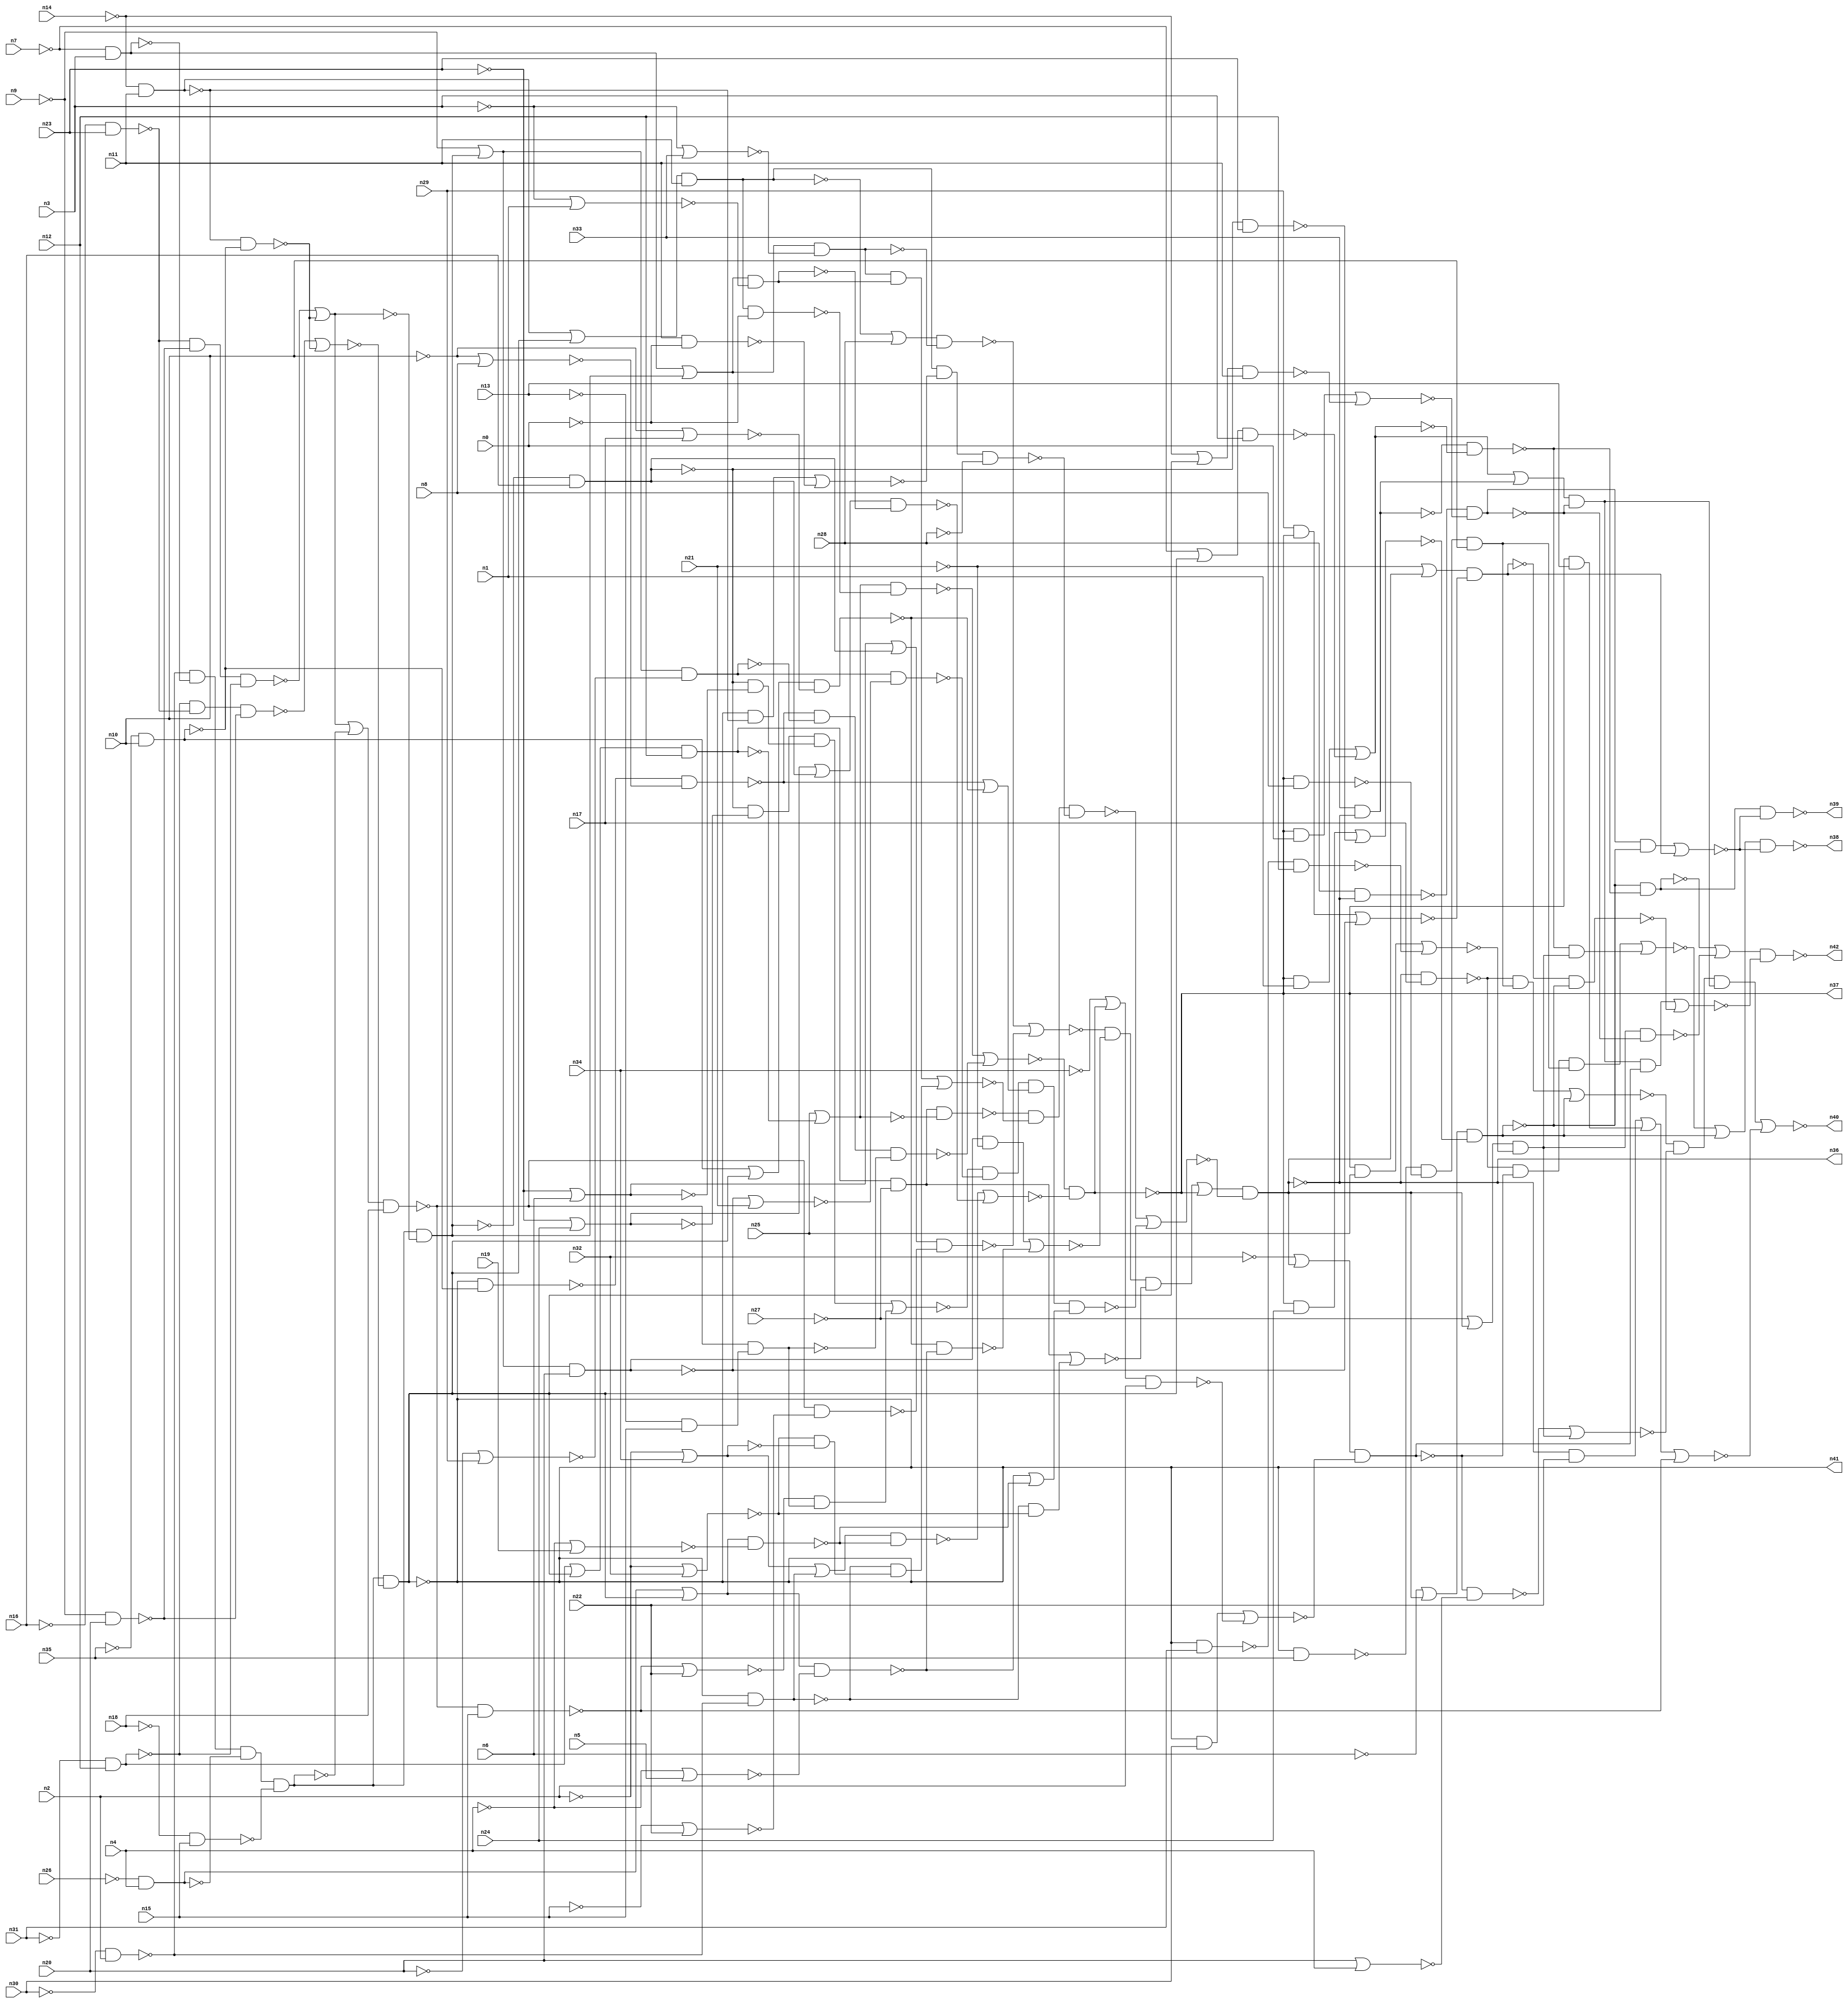
//
// Conformal-LEC Version 16.10-d005 ( 21-Apr-2016 ) ( 64 bit executable )
//
module top ( n0 , n1 , n2 , n3 , n4 , n5 , n6 , n7 , n8 , n9 , n10 , n11 , n12 , n13 , n14 , n15 , n16 , n17 , n18 , n19 , n20 , n21 , n22 , n23 , n24 , n25 , n26 , n27 , n28 , n29 , n30 , n31 , n32 , n33 , n34 , n35 , n36 , n37 , n38 , n39 , n40 , n41 , n42 );
input n0 , n1 , n2 , n3 , n4 , n5 , n6 , n7 , n8 , n9 , n10 , n11 , n12 , n13 , n14 , n15 , n16 , n17 , n18 , n19 , n20 , n21 , n22 , n23 , n24 , n25 , n26 , n27 , n28 , n29 , n30 , n31 , n32 , n33 , n34 , n35 ;
output n36 , n37 , n38 , n39 , n40 , n41 , n42 ;

wire n86 , n87 , n88 , n89 , n90 , n91 , n92 , n93 , n94 , 
     n95 , n96 , n97 , n98 , n99 , n100 , n101 , n102 , n103 , n104 , 
     n105 , n106 , n107 , n108 , n109 , n110 , n111 , n112 , n113 , n114 , 
     n115 , n116 , n117 , n118 , n119 , n120 , n121 , n122 , n123 , n124 , 
     n125 , n126 , n127 , n128 , n129 , n130 , n131 , n132 , n133 , n134 , 
     n135 , n136 , n137 , n138 , n139 , n140 , n141 , n142 , n143 , n144 , 
     n145 , n146 , n147 , n148 , n149 , n150 , n151 , n152 , n153 , n154 , 
     n155 , n156 , n157 , n158 , n159 , n160 , n161 , n162 , n163 , n164 , 
     n165 , n166 , n167 , n168 , n169 , n170 , n171 , n172 , n173 , n174 , 
     n175 , n176 , n177 , n178 , n179 , n180 , n181 , n182 , n183 , n184 , 
     n185 , n186 , n187 , n188 , n189 , n190 , n191 , n192 , n193 , n194 , 
     n195 , n196 , n197 , n198 , n199 , n200 , n201 , n202 , n203 , n204 , 
     n205 , n206 , n207 , n208 , n209 , n210 , n211 , n212 , n213 , n214 , 
     n215 , n216 , n217 , n218 , n219 , n220 , n221 , n222 , n223 , n224 , 
     n225 , n226 , n227 , n228 , n229 , n230 , n231 , n232 , n233 , n234 , 
     n235 , n236 , n237 , n238 , n239 , n240 , n241 , n242 , n243 , n244 , 
     n245 , n246 , n247 , n248 , n249 , n250 , n251 , n252 , n253 , n254 , 
     n255 , n256 , n257 , n258 , n259 , n260 , n261 , n262 , n263 , n264 , 
     n265 , n266 , n267 , n268 , n269 , n270 , n271 , n272 , n273 , n274 , 
     n275 , n276 , n277 , n278 , n279 , n280 , n281 , n282 , n283 , n284 , 
     n285 , n286 , n287 , n288 , n289 , n290 , n291 , n292 , n293 , n294 , 
     n295 , n296 , n297 , n298 , n299 , n300 , n301 , n302 , n303 , n304 , 
     n305 , n306 , n307 , n308 , n309 , n310 , n311 , n312 , n313 , n314 , 
     n315 , n316 , n317 , n318 , n319 , n320 , n321 , n322 , n323 , n324 , 
     n325 , n326 , n327 , n328 , n329 , n330 , n331 , n332 , n333 , n334 , 
     n335 , n336 , n337 , n338 , n339 , n340 , n341 , n342 , n343 , n344 , 
     n345 , n346 , n347 , n348 , n349 , n350 , n351 , n352 , n353 , n354 , 
     n355 , n356 , n357 , n358 , n359 , n360 , n361 , n362 , n363 , n364 , 
     n365 , n366 , n367 , n368 , n369 , n370 , n371 , n372 , n373 , n374 , 
     n375 , n376 , n377 , n378 , n379 , n380 , n381 , n382 , n383 , n384 , 
     n385 , n386 , n387 , n388 , n389 , n390 , n391 , n392 , n393 , n394 , 
     n395 , n396 , n397 , n398 , n399 , n400 , n401 , n402 , n403 , n404 , 
     n405 , n406 , n407 , n408 , n409 , n410 , n411 , n412 , n413 , n414 , 
     n415 , n416 , n417 , n418 , n419 , n420 , n421 , n422 , n423 , n424 , 
     n425 , n426 , n427 , n428 , n429 , n430 , n431 ;
buf ( n41 , n149 );
buf ( n37 , n235 );
buf ( n36 , n325 );
buf ( n40 , n395 );
buf ( n39 , n412 );
buf ( n42 , n422 );
buf ( n38 , n431 );
buf ( n88 , n18 );
buf ( n89 , n15 );
buf ( n90 , n13 );
buf ( n91 , n9 );
buf ( n92 , n22 );
buf ( n93 , n20 );
buf ( n94 , n29 );
buf ( n95 , n16 );
buf ( n96 , n21 );
buf ( n97 , n23 );
buf ( n98 , n24 );
buf ( n99 , n14 );
buf ( n100 , n6 );
buf ( n101 , n11 );
buf ( n102 , n0 );
buf ( n103 , n7 );
buf ( n104 , n28 );
buf ( n105 , n3 );
buf ( n106 , n1 );
buf ( n107 , n31 );
buf ( n108 , n33 );
buf ( n109 , n12 );
buf ( n110 , n25 );
buf ( n111 , n30 );
buf ( n112 , n27 );
buf ( n113 , n2 );
buf ( n114 , n34 );
buf ( n115 , n35 );
buf ( n116 , n32 );
buf ( n117 , n10 );
buf ( n118 , n8 );
buf ( n119 , n26 );
buf ( n120 , n17 );
buf ( n121 , n4 );
buf ( n122 , n19 );
buf ( n123 , n5 );
not ( n124 , n111 );
nand ( n125 , n124 , n113 );
not ( n126 , n103 );
nand ( n127 , n126 , n105 );
not ( n128 , n119 );
nand ( n129 , n128 , n121 );
not ( n130 , n88 );
nand ( n131 , n130 , n89 );
nand ( n132 , n125 , n127 , n129 , n131 );
not ( n133 , n132 );
not ( n134 , n107 );
nand ( n135 , n134 , n109 );
not ( n136 , n95 );
nand ( n137 , n136 , n97 );
not ( n138 , n91 );
nand ( n139 , n138 , n93 );
nand ( n140 , n135 , n137 , n139 );
not ( n141 , n99 );
nand ( n142 , n141 , n101 );
not ( n143 , n115 );
nand ( n144 , n143 , n117 );
nand ( n145 , n142 , n144 );
nor ( n146 , n140 , n145 );
nand ( n147 , n133 , n146 );
buf ( n148 , n147 );
buf ( n149 , n148 );
not ( n150 , n110 );
not ( n151 , n150 );
not ( n152 , n107 );
nand ( n153 , n152 , n109 );
not ( n154 , n153 );
nand ( n155 , n133 , n146 );
not ( n156 , n155 );
or ( n157 , n154 , n156 );
nand ( n158 , n157 , n109 );
not ( n159 , n158 );
not ( n160 , n159 );
or ( n161 , n151 , n160 );
not ( n162 , n99 );
nand ( n163 , n162 , n101 );
not ( n164 , n163 );
not ( n165 , n155 );
or ( n166 , n164 , n165 );
nand ( n167 , n166 , n101 );
not ( n168 , n167 );
not ( n169 , n102 );
nand ( n170 , n168 , n169 );
nand ( n171 , n161 , n170 );
not ( n172 , n115 );
nand ( n173 , n172 , n117 );
nand ( n174 , n147 , n173 );
not ( n175 , n117 );
nor ( n176 , n175 , n118 );
nand ( n177 , n174 , n176 );
not ( n178 , n91 );
not ( n179 , n95 );
nand ( n180 , n179 , n97 );
not ( n181 , n91 );
nand ( n182 , n181 , n93 );
nand ( n183 , n134 , n109 );
nand ( n184 , n180 , n182 , n183 );
nand ( n185 , n142 , n144 );
nor ( n186 , n184 , n185 );
nand ( n187 , n133 , n186 );
not ( n188 , n187 );
or ( n189 , n178 , n188 );
not ( n190 , n93 );
nor ( n191 , n190 , n94 );
nand ( n192 , n189 , n191 );
not ( n193 , n186 );
not ( n194 , n133 );
or ( n195 , n193 , n194 );
nand ( n196 , n195 , n88 );
not ( n197 , n90 );
and ( n198 , n197 , n89 );
nand ( n199 , n196 , n198 );
nand ( n200 , n177 , n192 , n199 );
nor ( n201 , n171 , n200 );
not ( n202 , n113 );
nor ( n203 , n202 , n114 );
not ( n204 , n203 );
nand ( n205 , n147 , n125 );
not ( n206 , n205 );
or ( n207 , n204 , n206 );
nand ( n208 , n128 , n121 );
not ( n209 , n208 );
not ( n210 , n147 );
or ( n211 , n209 , n210 );
not ( n212 , n121 );
nor ( n213 , n212 , n122 );
nand ( n214 , n211 , n213 );
nand ( n215 , n207 , n214 );
not ( n216 , n97 );
nor ( n217 , n216 , n98 );
not ( n218 , n217 );
nand ( n219 , n187 , n95 );
not ( n220 , n219 );
or ( n221 , n218 , n220 );
buf ( n222 , n127 );
not ( n223 , n222 );
not ( n224 , n187 );
or ( n225 , n223 , n224 );
not ( n226 , n105 );
nor ( n227 , n226 , n106 );
nand ( n228 , n225 , n227 );
nand ( n229 , n221 , n228 );
nor ( n230 , n215 , n229 );
nand ( n231 , n201 , n230 );
not ( n232 , n231 );
not ( n233 , n232 );
buf ( n234 , n233 );
buf ( n235 , n234 );
not ( n236 , n168 );
or ( n237 , n236 , n104 );
not ( n238 , n187 );
not ( n239 , n222 );
or ( n240 , n238 , n239 );
not ( n241 , n105 );
nor ( n242 , n241 , n108 );
nand ( n243 , n240 , n242 );
nand ( n244 , n237 , n243 );
not ( n245 , n97 );
nor ( n246 , n245 , n100 );
not ( n247 , n246 );
not ( n248 , n219 );
or ( n249 , n247 , n248 );
not ( n250 , n89 );
nor ( n251 , n250 , n92 );
nand ( n252 , n196 , n251 );
nand ( n253 , n249 , n252 );
nor ( n254 , n244 , n253 );
not ( n255 , n91 );
not ( n256 , n187 );
or ( n257 , n255 , n256 );
nand ( n258 , n257 , n93 );
not ( n259 , n258 );
not ( n260 , n96 );
and ( n261 , n259 , n260 );
not ( n262 , n173 );
not ( n263 , n147 );
or ( n264 , n262 , n263 );
not ( n265 , n117 );
nor ( n266 , n265 , n120 );
nand ( n267 , n264 , n266 );
not ( n268 , n208 );
not ( n269 , n147 );
or ( n270 , n268 , n269 );
not ( n271 , n121 );
nor ( n272 , n271 , n123 );
nand ( n273 , n270 , n272 );
nand ( n274 , n267 , n273 );
nor ( n275 , n261 , n274 );
not ( n276 , n112 );
nand ( n277 , n159 , n276 );
not ( n278 , n277 );
not ( n279 , n113 );
nor ( n280 , n279 , n116 );
and ( n281 , n205 , n280 );
nor ( n282 , n278 , n281 );
nand ( n283 , n254 , n275 , n282 );
not ( n284 , n283 );
not ( n285 , n232 );
or ( n286 , n284 , n285 );
nor ( n287 , n110 , n158 );
nand ( n288 , n278 , n287 );
not ( n289 , n243 );
not ( n290 , n228 );
and ( n291 , n289 , n290 );
and ( n292 , n280 , n203 );
and ( n293 , n205 , n292 );
nor ( n294 , n291 , n293 );
not ( n295 , n236 );
buf ( n296 , n155 );
and ( n297 , n296 , n163 );
nand ( n298 , n101 , n169 );
nor ( n299 , n297 , n298 );
not ( n300 , n104 );
nand ( n301 , n295 , n299 , n300 );
nand ( n302 , n288 , n294 , n301 );
nand ( n303 , n219 , n217 );
not ( n304 , n303 );
nand ( n305 , n219 , n246 );
not ( n306 , n305 );
and ( n307 , n304 , n306 );
nand ( n308 , n196 , n89 );
nor ( n309 , n308 , n92 );
not ( n310 , n199 );
and ( n311 , n309 , n310 );
nor ( n312 , n307 , n311 );
not ( n313 , n192 );
nor ( n314 , n258 , n96 );
nand ( n315 , n313 , n314 );
nand ( n316 , n174 , n176 );
nor ( n317 , n316 , n267 );
not ( n318 , n317 );
nor ( n319 , n273 , n214 );
not ( n320 , n319 );
nand ( n321 , n312 , n315 , n318 , n320 );
nor ( n322 , n302 , n321 );
nand ( n323 , n286 , n322 );
buf ( n324 , n323 );
buf ( n325 , n324 );
and ( n326 , n323 , n120 );
not ( n327 , n326 );
buf ( n328 , n148 );
nand ( n329 , n328 , n115 );
nand ( n330 , n233 , n118 );
nand ( n331 , n329 , n330 , n117 );
not ( n332 , n331 );
and ( n333 , n327 , n332 );
not ( n334 , n100 );
not ( n335 , n283 );
not ( n336 , n232 );
or ( n337 , n335 , n336 );
nand ( n338 , n337 , n322 );
not ( n339 , n338 );
or ( n340 , n334 , n339 );
and ( n341 , n233 , n98 );
nand ( n342 , n219 , n97 );
nor ( n343 , n341 , n342 );
nand ( n344 , n340 , n343 );
not ( n345 , n344 );
nor ( n346 , n333 , n345 );
not ( n347 , n116 );
not ( n348 , n323 );
or ( n349 , n347 , n348 );
and ( n350 , n328 , n111 );
not ( n351 , n114 );
not ( n352 , n231 );
or ( n353 , n351 , n352 );
nand ( n354 , n353 , n113 );
nor ( n355 , n350 , n354 );
nand ( n356 , n349 , n355 );
nor ( n357 , n93 , n121 );
nand ( n358 , n356 , n357 );
not ( n359 , n112 );
not ( n360 , n338 );
or ( n361 , n359 , n360 );
and ( n362 , n233 , n110 );
nand ( n363 , n328 , n107 );
nand ( n364 , n363 , n109 );
nor ( n365 , n362 , n364 );
nand ( n366 , n361 , n365 );
not ( n367 , n366 );
nor ( n368 , n358 , n367 );
and ( n369 , n233 , n106 );
not ( n370 , n103 );
not ( n371 , n328 );
or ( n372 , n370 , n371 );
nand ( n373 , n372 , n105 );
nor ( n374 , n369 , n373 );
not ( n375 , n374 );
nand ( n376 , n108 , n323 );
not ( n377 , n376 );
or ( n378 , n375 , n377 );
nand ( n379 , n104 , n338 );
and ( n380 , n233 , n102 );
not ( n381 , n99 );
not ( n382 , n328 );
or ( n383 , n381 , n382 );
nand ( n384 , n383 , n101 );
nor ( n385 , n380 , n384 );
nand ( n386 , n379 , n385 );
nand ( n387 , n378 , n386 );
not ( n388 , n387 );
and ( n389 , n346 , n368 , n388 );
and ( n390 , n324 , n92 );
and ( n391 , n233 , n90 );
nor ( n392 , n390 , n391 , n308 );
nor ( n393 , n389 , n392 );
buf ( n394 , n393 );
buf ( n395 , n394 );
nand ( n396 , n376 , n374 );
nand ( n397 , n344 , n396 );
not ( n398 , n397 );
nand ( n399 , n379 , n385 );
not ( n400 , n399 );
and ( n401 , n400 , n344 );
not ( n402 , n96 );
not ( n403 , n338 );
or ( n404 , n402 , n403 );
and ( n405 , n94 , n233 );
nor ( n406 , n405 , n258 );
nand ( n407 , n404 , n406 );
not ( n408 , n407 );
nor ( n409 , n401 , n408 );
nand ( n410 , n398 , n409 );
buf ( n411 , n410 );
buf ( n412 , n411 );
nand ( n413 , n367 , n399 );
or ( n414 , n397 , n413 );
not ( n415 , n387 );
not ( n416 , n356 );
and ( n417 , n415 , n416 );
nand ( n418 , n407 , n344 );
nor ( n419 , n417 , n418 );
nand ( n420 , n414 , n419 );
buf ( n421 , n420 );
buf ( n422 , n421 );
not ( n423 , n326 );
not ( n424 , n331 );
and ( n425 , n423 , n356 , n424 );
and ( n426 , n396 , n367 );
nor ( n427 , n425 , n426 );
or ( n428 , n427 , n345 );
nand ( n429 , n428 , n409 );
buf ( n430 , n429 );
buf ( n431 , n430 );
endmodule